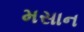
મસાન